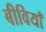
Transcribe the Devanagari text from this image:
बीवियाँ